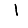
Digit: 1